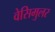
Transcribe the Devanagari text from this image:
वेसिमुलर